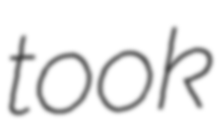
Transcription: took